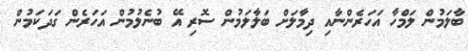
ބާލަމުން ލަމްހާ އަހަރެންނާއި ދިމާލަށް ބަލާލަމުން ސޮރި އޭ ބުނެލުމުން އަހަރެން ގަދަކަމުން